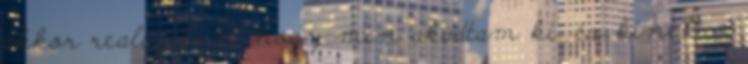
akkor realizálom, hogy min akadtam ki. és kinek. -